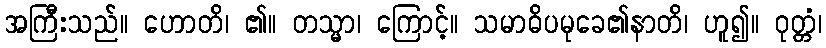
အကြီးသည်။ ဟောတိ၊ ၏။ တသ္မာ၊ ကြောင့်။ သမာဓိပမုခေ၏နာတိ၊ ဟူ၍။ ဝုတ္တံ၊